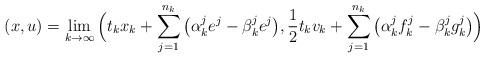
LaTeX: \begin{align*}(x,u) = \lim_{k\to\infty} \Big( t_k x_k + \sum_{j=1}^{n_k} \big(\alpha^j_k e^j - \beta^j_k e^j\big), \frac{1}{2}t_k v_k + \sum_{j=1}^{n_k}\big(\alpha^j_k f^j_k - \beta^j_k g^j_k\big) \Big)\end{align*}